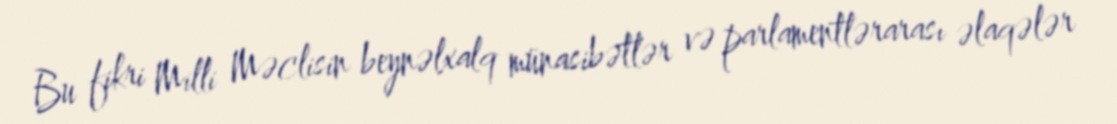
Bu fikri Milli Məclisin beynəlxalq münasibətlər və parlamentlərarası əlaqələr